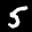
Label: 5